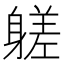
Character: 𨉶